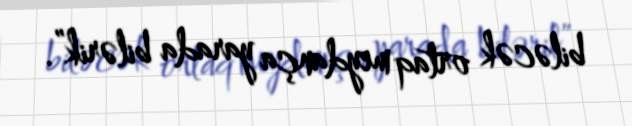
biləcək ortaq meydança yarada bilərik”.